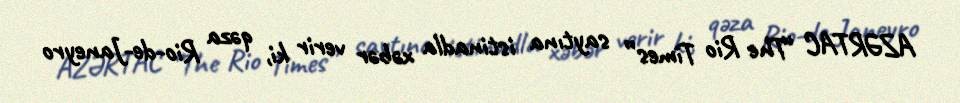
AZƏRTAC “The Rio Times” saytına istinadla xəbər verir ki, qəza Rio-de-Janeyro